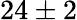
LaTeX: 24\pm 2